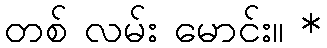
တစ် လမ်း မောင်း။ *